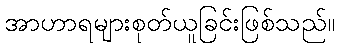
အာဟာရများစုတ်ယူခြင်းဖြစ်သည်။